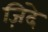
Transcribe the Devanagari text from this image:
ज़िदे